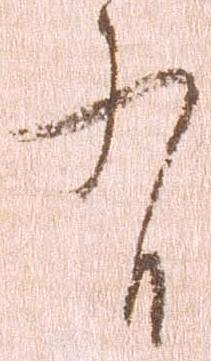
有